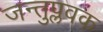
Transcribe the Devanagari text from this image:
जन्तुप्लवक